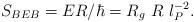
LaTeX: \begin{align*}S_{BEB} = ER/\hbar = R_g~ R ~l_P^{-2}.\end{align*}